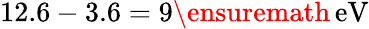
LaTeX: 12.6-3.6=9\ensuremath{\, \mathrm{eV}}